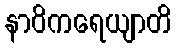
နာဝိကရေယျာတိ